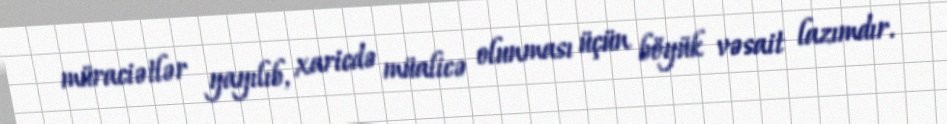
müraciətlər yayılıb, xaricdə müalicə olunması üçün böyük vəsait lazımdır.